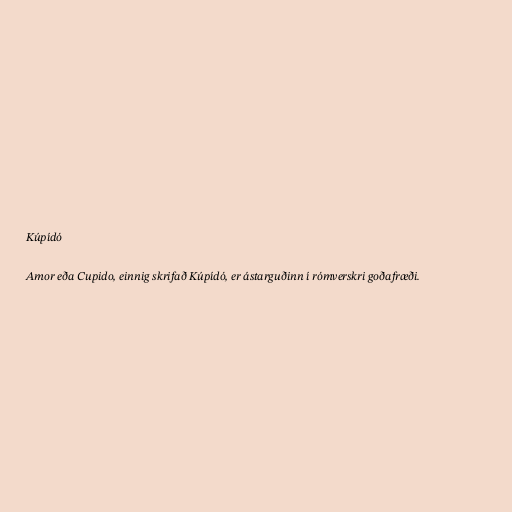
Kúpídó

Amor eða Cupido, einnig skrifað Kúpídó, er ástarguðinn í rómverskri goðafræði.